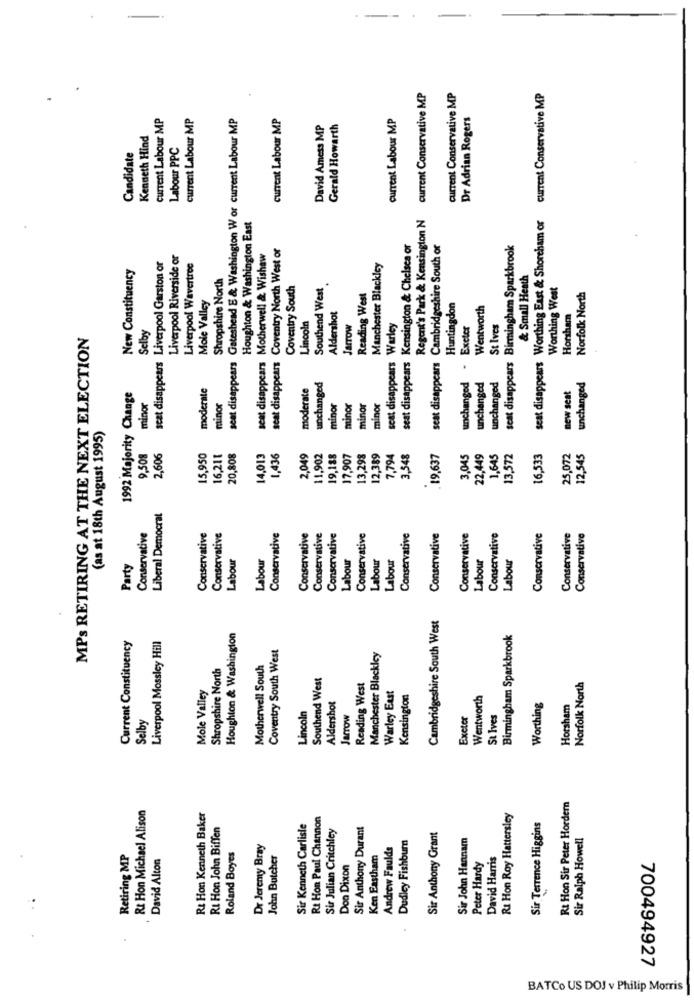
current Conservative MP
current Conservative MP
seat disappears Worthing East & Shoreham or current Conservative MP
current Labour MP
current Labour MP
seat disappears Gateshead E & Washington W or current Labour MP
current Labour MP
current Labour MP
Dr Adrian Rogers
David Amess MP
Gerald Howarth
Kenneth Hind
Candidate
Labour PPC
Regent's Park & Kensington N
Houghton & Washington East
Coventry North West or
seat disappears Kensington & Chelsea or
seat disappears Cambridgeshire South or
seat disappears Birmingham Sparkbrook
Liverpool Riverside or
Motherwell & Wishaw
New Constituency
seat disappears Liverpool Garston or
Liverpool Wavertree
Manchester Blackley
Shropshire North
& Small Heath
Coventry South
Southend West
Worthing West
Mole Valley
Reading West
Norfolk North
Huntingdon
Wentworth
Lincoln
Aldershot
Horsham
Selby
Jarrow
scat disappears Warley
Exeter
St Ives
MPs RETIRING AT THE NEXT ELECTION
seat disappears
seat disappears
unchanged
1992 Majority Change
moderate
moderate
unchanged
unchanged
unchanged
unchanged
new seat
minor
minor
minor
nunor
minor
minor
(as at 18th August 1995)
9,508
2,606
15,950
16,211
20,808
14,013
1,436
2,049
11,902
19,188
17,907
13,298
12,389
7,794
3,548
19.637
3,045
22.449
1,645
13,572
16,533
25,072
12,545
Liberal Democrat
Conservative
Conservative
Conservative
Conservative
Conservative
Conservative
Conservative
Conservative
Conservative
Conservative
Conservative
Conservative
Conservative
Conservative
Conservative
Labour
Labour
Labour
Labour
Labour
Labour
Labour
Party
Cambridgeshire South West
Liverpool Mossley Hill
Houghton & Washington
Birmingham Sparkbrook
Current Constituency
Coventry South West
Manchester Blackley
Shropshire North
Motherwell South
Southend West
Mole Valley
Reading West
Warley East
Norfolk North
Kensington
Wentworth
Lincoln
Aldershot
Worthing
Horsham
Selby
Jarrow
Exeter
St Ives
Rt Hon Michael Alison
Rt Hon Sir Peter Hordern
R& Hon Kenneth Baker
Rt Hon Paul Channon
RI Hon Roy Hattersley
Rt Hon John Biffen
Sir Kenneth Carlisle
Sir Julian Critchley
Sir Anthony Durant
Sir Terrence Higgins
Dudley Fishburn
Sir Anthony Grant
Sir John Hannam
Sir Ralph Howell
Dr Jeremy Bray
Andrew Faulds
Retiring MP
David Alton
Roland Boyes
John Butcher
Ken Eastham
David Harris
Don Dixon
Peter Hardy
700494927
BATCo US DOJ v Philip Morris